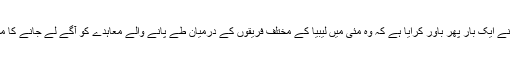
دوسری جانب ماکروں نے ایک بار پھر باور کرایا ہے کہ وہ مئی میں لیبیا کے مختلف فریقوں کے درمیان طے پانے والے معاہدے کو آگے لے جانے کا مصمم ارادہ رکھتے ہیں۔